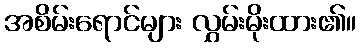
အစိမ်းရောင်များ လွှမ်းမိုးထား၏။